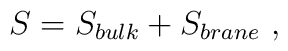
S = S_{bulk} + S_{brane}\ ,